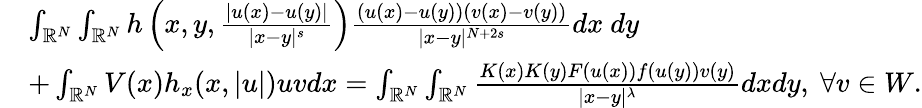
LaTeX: \begin{array}{rl}&{\int_{{\mathbb R}^{N}}\int_{{\mathbb R}^{N}}h\left(x,y,\frac{|u(x)-u(y)|}{|x-y|^{s}}\right)\frac{(u(x)-u(y))(v(x)-v(y))}{|x-y|^{N+2s}}dx\ dy}\\ &{+\int_{{\mathbb R}^{N}}V(x)h_{x}(x,|u|)uvdx=\int_{{\mathbb R}^{N}}\int_{{\mathbb R}^{N}}\frac{K(x)K(y)F(u(x))f(u(y))v(y)}{|x-y|^{\lambda}}dxdy,\ \forall v\in W.}\end{array}